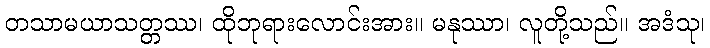
တသာမယာသတ္တဿ၊ ထိုဘုရားလောင်းအား။ မနုဿာ၊ လူတို့သည်။ အဒံသု၊